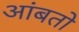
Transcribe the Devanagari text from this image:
आंबतो